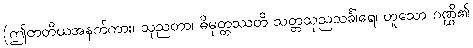
(ဤတတိယအနက်ကား၊ သုညတာ၊ ဓိမုတ္တဿတိ သတ္တသုညသင်္ခါရေ၊ ဟူသော ဂဏ္ဌိ၏